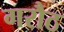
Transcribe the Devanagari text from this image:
गरौठ